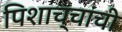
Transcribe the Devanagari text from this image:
पिशाच्चांची